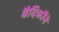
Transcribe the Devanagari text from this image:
वैदिकौंने